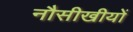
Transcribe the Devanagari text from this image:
नौसीखीयों